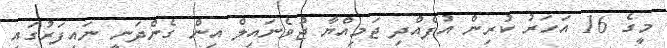
މީގެ 16 އަހަރު ކުރިން އުފެއްދި ޖަމިއްޔާ ޖުވެނައިލް އިން ގެންދަނީ ނައިފަރުގައި